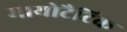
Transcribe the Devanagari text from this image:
मायोटैटिक